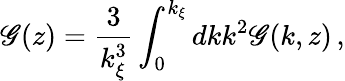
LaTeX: \mathscr{G}(z)=\frac{{3}}{{k_{\xi}^{3}}}\int_{0}^{k_{\xi}}dkk^{2}\mathscr{G}(k,z)\, ,